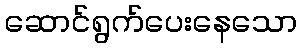
ဆောင်ရွက်ပေးနေသော